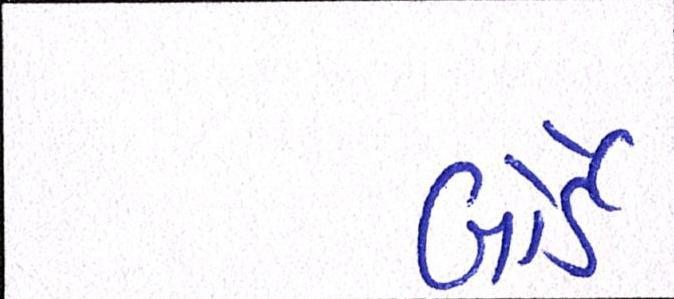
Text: બોર્ડે